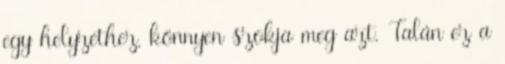
egy helyzethez, könnyen szokja meg azt. Talán ez a